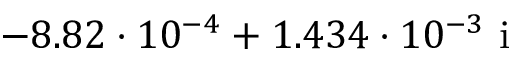
- 8 . 8 2 \cdot 1 0 ^ { - 4 } + 1 . 4 3 4 \cdot 1 0 ^ { - 3 } \ \mathrm { i }